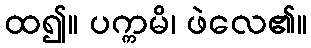
ထ၍။ ပက္ကမိ၊ ဖဲလေ၏။